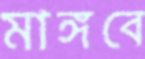
মাঙ্গবে